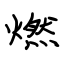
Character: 燃